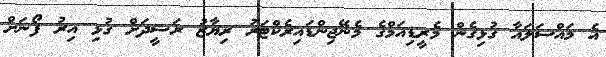
އެ މައްސަލައާ ގުޅިގެން މެރީޑިއަމްގެ މެނޭޖިންޑައިރެކްޓަރު ރިޔާޒު ރަޝީދަށް ގުޅި އިރު ފޯނަށް